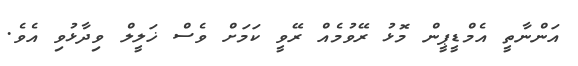
އަންނާތީ އެމްޑީޕީން މޮޅު ރޭވުމެއް ރޭވީ ކަމަށް ވެސް ޚަލީލް ވިދާޅުވި އެވެ.